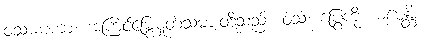
ဝံသဓမကာ၊ အကြင်မြွေမှုတ်သမားတို့သည်။ ဝံသံ၊ ပြွေကို။ ဓမေန္တိ၊